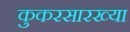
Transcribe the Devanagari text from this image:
कुकरसारख्या